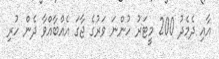
އާއި ދެމެދު 200 މީޓަރު ހުންނަ ވަރުގެ ޖާގަ އެއްބާއްވާ ދެން ހުރި